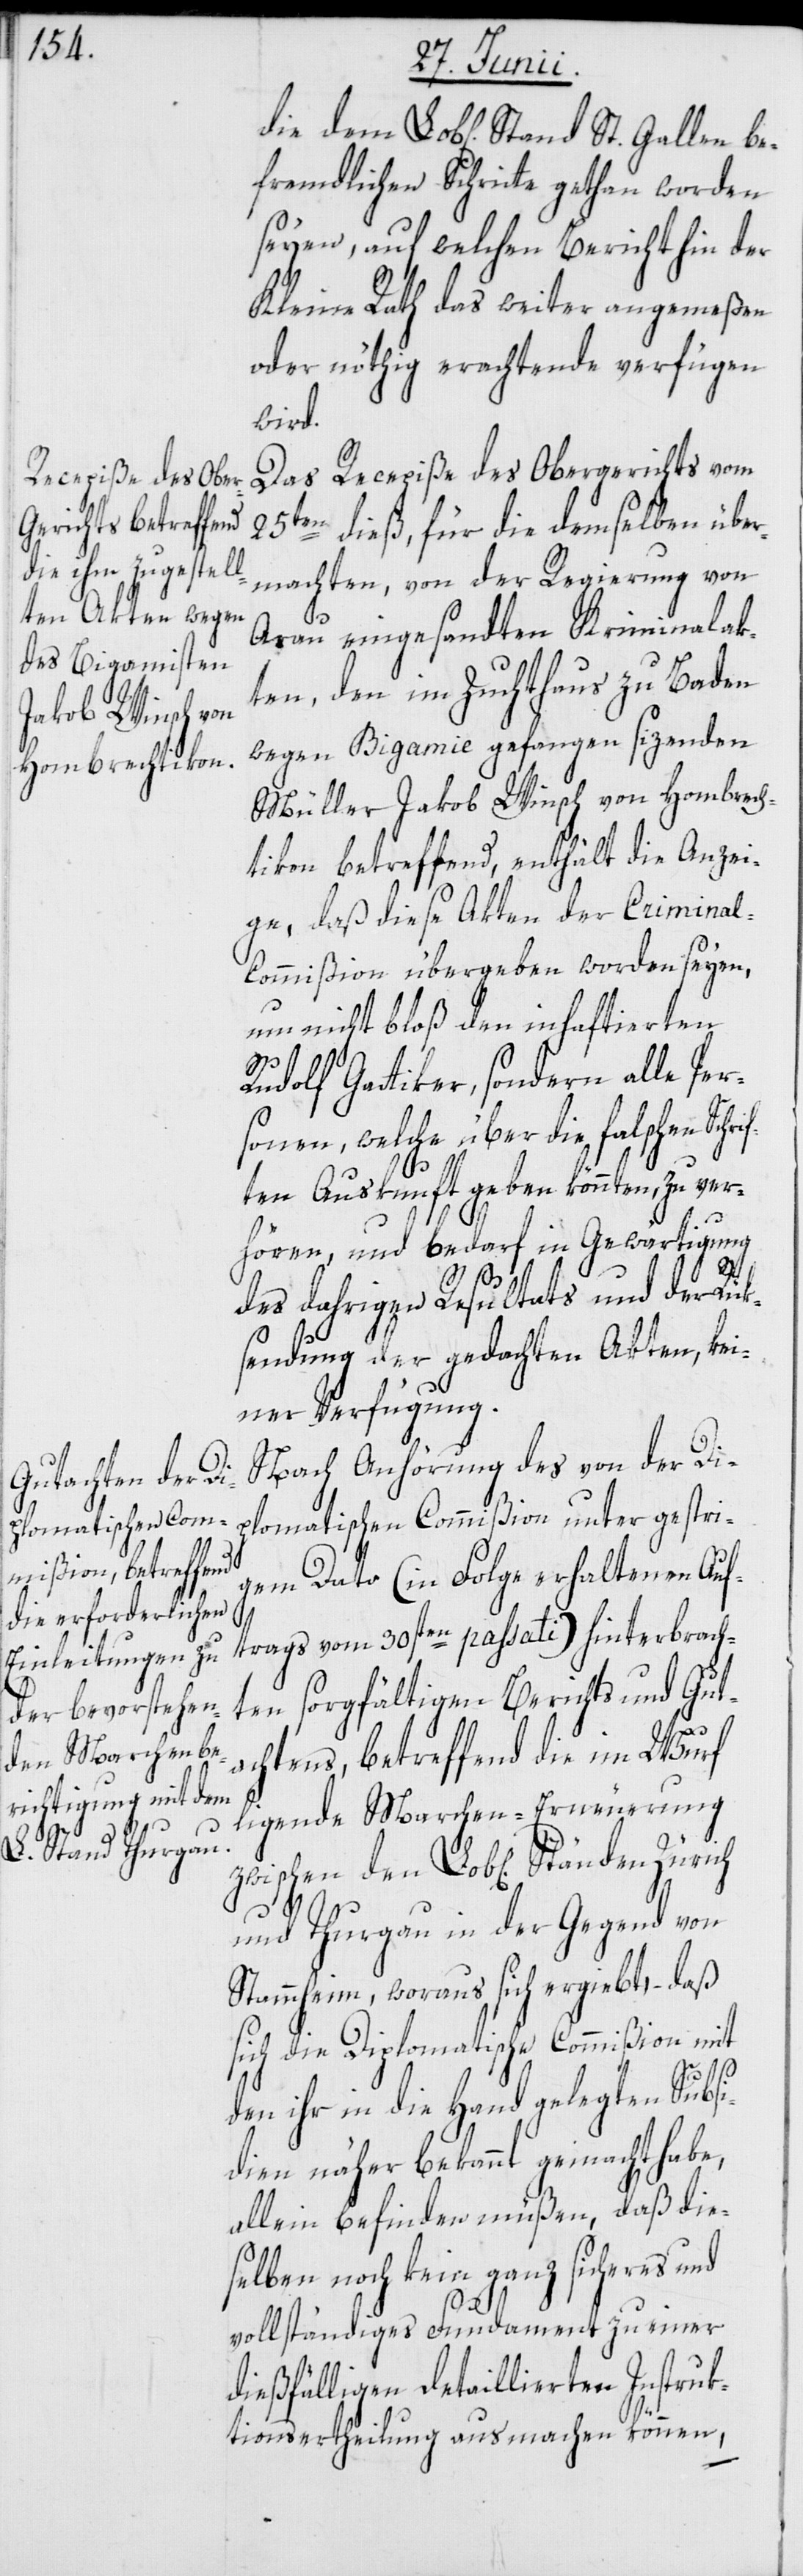
fremdlichen Schritte gethan worden
seyen, auf welchen Bericht hin der
Kleine Rath das weiter angemeßen
oder nöthig erachtende verfügen
wird.
Das Recepiße des Obergerichts vom
25ten dieß, für die demselben über¬
machten, von der Regierung von
die
Arau eingesandten Kriminalak¬
ten, den im Zuchthaus zu Baden
wegen Bigamie gefangen sizenden
Müller Jakob Winsch von Hombrech¬
tikon betreffend, enthält die Anzei¬
ge, daß diese Akten der Criminal-C¬
ommißion übergeben worden seyen,
um nicht bloß den inhaftierten
Rudolf Gattiker, sondern alle Per¬
sonen, welche über die falschen Sch¬
ten Auskunft geben könnten, zu ver¬
hören, und bedarf in Gewärtigung
dah[e]rigen Resultats und der Rük¬
sendung der gedachten Akten, kei¬
ner Verfügung.
Nach Anhörung des von der Di¬
plomatischen Commißion unter gestri¬
gem Dato (in Folge erhaltenen Auf¬
trags vom 30sten passati) hinterbrach¬
ten sorgfältigen Berichts und Gut¬
achtens, betreffend die im Wurf
ligende Marchen-Erneuerung
und Thurgau in der Gegend von
Stammheim, woraus sich ergiebt, – daß
sich die Diplomatische Commißion mit
den ihr in die Hand gelegten Subsi¬
dien näher bekannt gemacht habe,
allein befinden müßen, daß die¬
selben noch kein ganz sicheres und
vollständiges Fundament zu einer
dießfälligen detaillierten Instruk¬
rif¬
tionsertheilung ausmachen können,